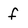
Character: f